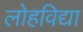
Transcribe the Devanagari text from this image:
लोहविद्या